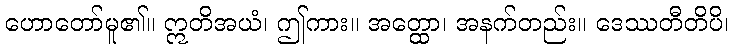
ဟောတော်မူ၏။ ဣတိအယံ၊ ဤကား။ အတ္ထော၊ အနက်တည်း။ ဒေဿတီတိပိ၊